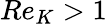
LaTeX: Re_{K}>1